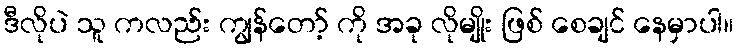
ဒီလိုပဲ သူ ကလည်း ကျွန်တော့် ကို အခု လိုမျိုး ဖြစ် စေချင် နေမှာပါ။